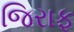
જિરાફ